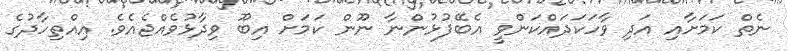
ނެތް ކަމަށާއި އަދި ވާހަކަދައްކަންވީ އެބޭފުޅުންނާ ނޫން ކަމަށް އިބޫ ވިދާޅުވެއްޖެއެވެ. އިއްތިހާދުގެ